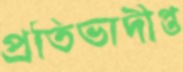
প্রতিভাদীপ্ত